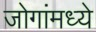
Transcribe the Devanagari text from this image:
जोगांमध्ये